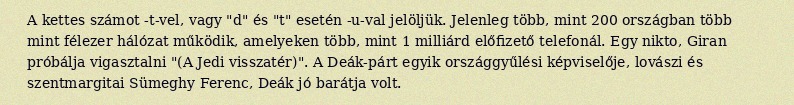
A kettes számot -t-vel, vagy "d" és "t" esetén -u-val jelöljük. Jelenleg több, mint 200 országban több mint félezer hálózat működik, amelyeken több, mint 1 milliárd előfizető telefonál. Egy nikto, Giran próbálja vigasztalni "(A Jedi visszatér)". A Deák-párt egyik országgyűlési képviselője, lovászi és szentmargitai Sümeghy Ferenc, Deák jó barátja volt.